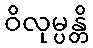
ဝိလုမ္ပန္တိ